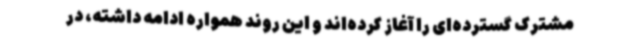
مشترک گسترده‌ای را آغاز کرده‌اند و این روند همواره ادامه داشته، در